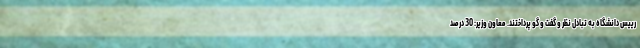
رییس دانشگاه به تبادل نظر و گفت و گو پرداختند. معاون وزیر: 30 درصد